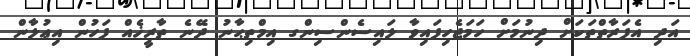
އަދި އެފަރާތްތަކަށް ދިނުމަށް ހަމަޖެހިފައިވާ ލައިސެންސިންގ އިމްތިޙާނު ދޭނެ ތާރީޚެއް ފަހުން އިޢުލާން